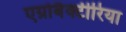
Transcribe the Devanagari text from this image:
एग्रोबैक्टीरिया